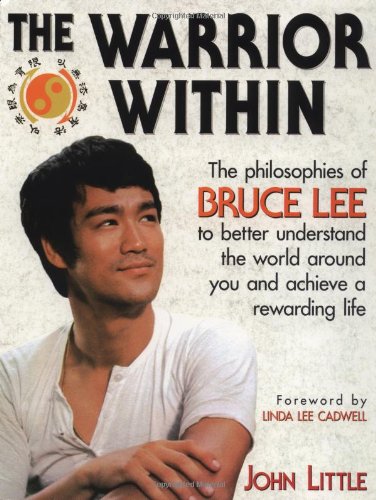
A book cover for The Warrior Within : The Philosophies of Bruce Lee; John Little; Sports & Outdoors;